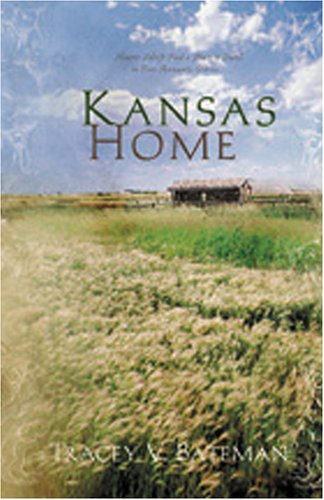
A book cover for Kansas Home: Darling Cassidy/Tarah's Lessons/Laney's Kiss/Emily's Place (Heartsong Novella Collection); Tracey V. Bateman; Christian Books & Bibles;